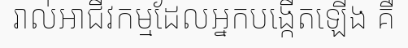
រាល់អាជីវកម្មដែលអ្នកបង្កើតឡើង គឺ